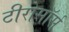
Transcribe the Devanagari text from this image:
टीरोसॉर्स